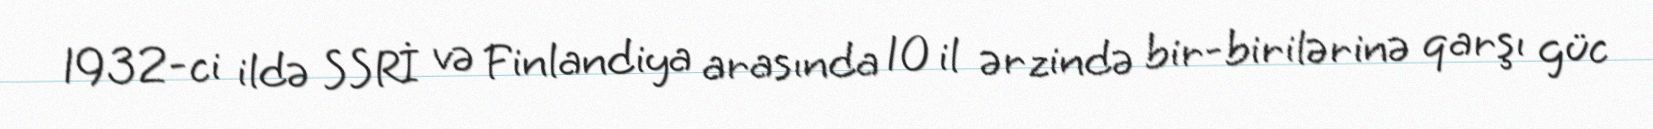
1932-ci ildə SSRİ və Finlandiya arasında 10 il ərzində bir-birilərinə qarşı güc